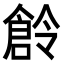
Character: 𠏧